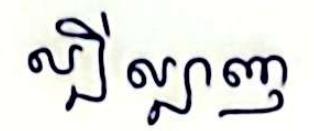
ល្បីល្បាញ